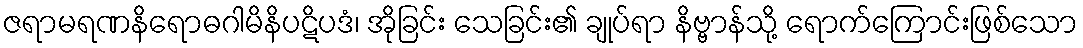
ဇရာမရဏနိရောဓဂါမိနိပဋိပဒံ၊ အိုခြင်း သေခြင်း၏ ချုပ်ရာ နိဗ္ဗာန်သို့ ရောက်ကြောင်းဖြစ်သော